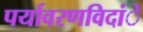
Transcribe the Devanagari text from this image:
पर्यावरणविदांे